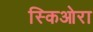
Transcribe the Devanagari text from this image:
स्किओरा